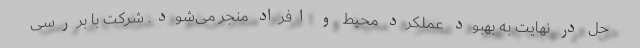
حل در نهایت به بهبود عملکرد محیط و افراد منجر می‌شود. شرکت با بررسی